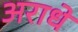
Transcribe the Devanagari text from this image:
अराधे